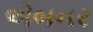
એબનર